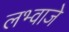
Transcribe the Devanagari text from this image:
लभ्वाजे